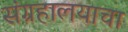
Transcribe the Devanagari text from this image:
संग्रहालयाचा